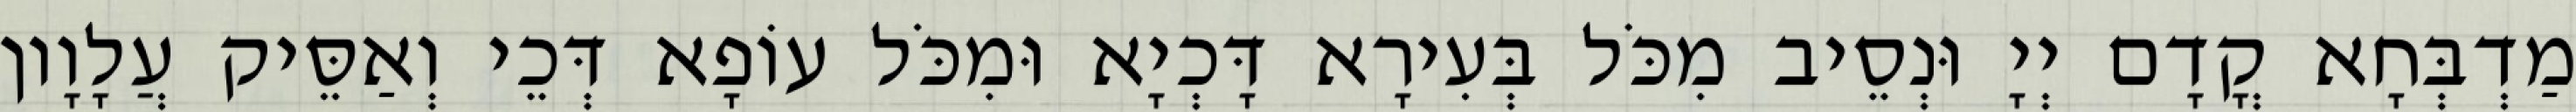
מַדְבְּחָא קֳדָם יְיָ וּנְסֵיב מִכֹּל בְּעִירָא דָּכְיָא וּמִכֹּל עוֹפָא דְּכֵי וְאַסֵּיק עֲלָוָון